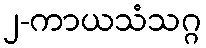
၂-ကာယသံသဂ္ဂ